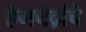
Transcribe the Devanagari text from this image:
हेमचंद्रांचे